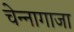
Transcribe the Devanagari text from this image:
चेन्‍नागाजा